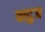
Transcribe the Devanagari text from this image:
वादुज